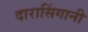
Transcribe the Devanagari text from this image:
दारासिंगानी